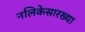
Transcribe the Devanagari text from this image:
नलिकेसारख्या